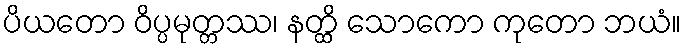
ပိယတော ဝိပ္ပမုတ္တဿ၊ နတ္ထိ သောကော ကုတော ဘယံ။